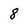
Character: 8